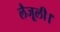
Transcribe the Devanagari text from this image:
लैजूली।